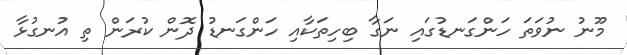
މޫނު ނުވަތަ ހަންގަނޑުގައި ނަގާ ބިހިތަކާއި ހަންގަނޑު ދޮން ކުރަން ތި އުނގުޅާ